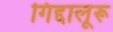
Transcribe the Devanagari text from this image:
गिद्दालूरू